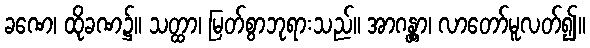
ခဏေ၊ ထိုခဏ၌။ သတ္ထာ၊ မြတ်စွာဘုရားသည်။ အာဂန္တွာ၊ လာတော်မူလတ်၍။